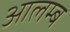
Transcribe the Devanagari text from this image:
आलम्ब